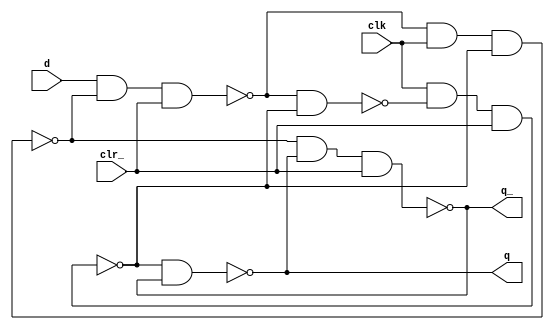
module dffr_b(clr_,clk,q,q_,d);
    output q, q_;
    input  clr_, clk, d;

    reg flag;

    nand  n1 (de, dl, qe);
    nand  n2 (qe, clk, de, clr_);
    nand  n3 (dl, d, dl_, clr_);
    nand  n4 (dl_, dl, clk, qe);
    nand  n5 (q, qe, q_);
    nand  n6 (q_, dl_, q, clr_);

  specify

   $setuphold(posedge clk, d, 3:5:6, 2:3:6, flag);

   (clr_ *> q, q_) = 3;
   (clk *> q)     = (2:3:5, 4:5:6);
   (clk *> q_)    = (2:4:5, 3:5:6);

  endspecify

endmodule